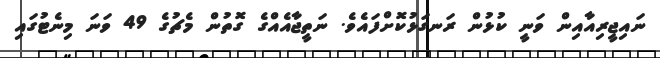
ނައިޖީރިއާއިން ވަނީ ކުޅުން ރަނގަޅުކޮށްފައެވެ. ނަތީޖާއެއްގެ ގޮތުން މެޗުގެ 49 ވަނަ މިނެޓުގައި